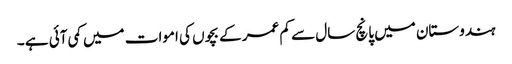
ہندوستان میں پانچ سال سے کم عمر کے بچوں کی اموات میں کمی آئی ہے ۔